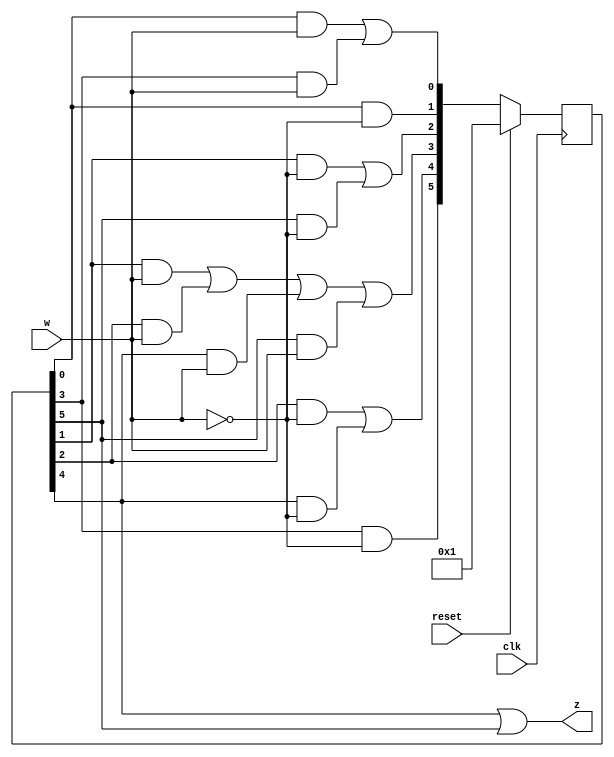
module top_module (
    input clk,
    input reset,     // synchronous reset
    input w,
    output z);
    
    reg  [6 : 1] curr_state;
    reg  [6 : 1] next_state;
    
    parameter A = 1;
    parameter B = 2;
    parameter C = 3;
    parameter D = 4;
    parameter E = 5;
    parameter F = 6;
    
    always@(posedge clk)
    begin
        if(reset)
            curr_state    <= A;
        else
            curr_state    <= next_state;
    end
    
    always@(*)
    begin
        next_state[A] = (curr_state[A] &  w) || (curr_state[D] &  w);
        next_state[B] = (curr_state[A] & ~w);
        next_state[C] = (curr_state[B] & ~w) || (curr_state[F] & ~w);
        next_state[D] = (curr_state[B] &  w) || (curr_state[C] &  w)
       				 || (curr_state[E] &  w) || (curr_state[F] &  w);
        next_state[E] = (curr_state[C] & ~w) || (curr_state[E] & ~w);
        next_state[F] = (curr_state[D] & ~w);
    end
    
    assign z = curr_state[E] | curr_state[F];

endmodule